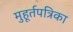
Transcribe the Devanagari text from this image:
मुहूर्तपत्रिका